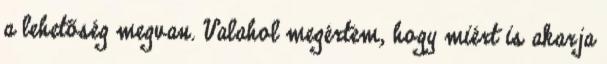
a lehetőség megvan. Valahol megértem, hogy miért is akarja